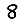
Digit: 8